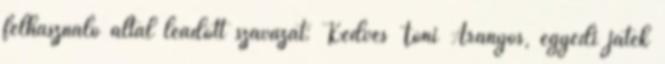
felhasználó által leadott szavazat: Kedves Tóni Aranyos, egyedi játék